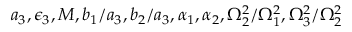
a _ { 3 } , \epsilon _ { 3 } , M , b _ { 1 } / a _ { 3 } , b _ { 2 } / a _ { 3 } , \alpha _ { 1 } , \alpha _ { 2 } , \Omega _ { 2 } ^ { 2 } / \Omega _ { 1 } ^ { 2 } , \Omega _ { 3 } ^ { 2 } / \Omega _ { 2 } ^ { 2 }